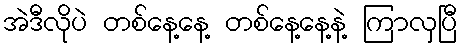
အဲဒီလိုပဲ တစ်နေ့နေ့ တစ်နေ့နေ့နဲ့ ကြာလှပြီ